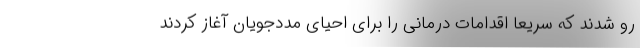
رو شدند که سریعا اقدامات درمانی را برای احیای مددجویان آغاز کردند